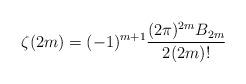
LaTeX: \begin{align*}\zeta(2 m ) = (-1)^{m +1} \frac{(2\pi)^{2 m}B_{2 m }}{2 (2 m)!}\end{align*}